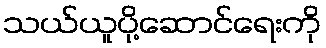
သယ်ယူပို့ဆောင်ရေးကို